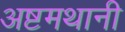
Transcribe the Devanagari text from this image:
अष्टमथानी